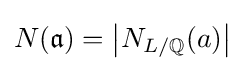
N({\mathfrak {a}})=\left|N_{L/\mathbb {Q} }(a)\right|